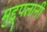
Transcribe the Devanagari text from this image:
मुद्द्पलानी